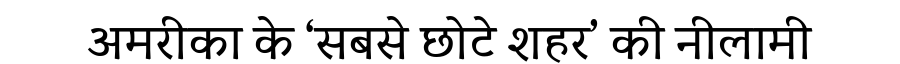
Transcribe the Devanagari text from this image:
अमरीका के ‘सबसे छोटे शहर’ की नीलामी